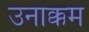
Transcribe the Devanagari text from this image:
उनाक्कम